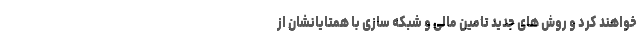
خواهند کرد و روش های جدید تامین مالی و شبکه سازی با همتایانشان از